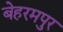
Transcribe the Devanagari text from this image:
बेहरमपुर